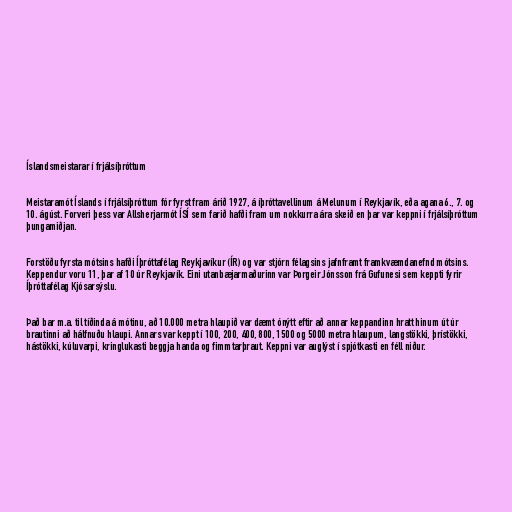
Íslandsmeistarar í frjálsíþróttum

Meistaramót Íslands í frjálsíþróttum fór fyrst fram árið 1927, á íþróttavellinum á Melunum í Reykjavík, eða agana 6., 7. og
10. ágúst. Forveri þess var Allsherjarmót ÍSÍ sem farið hafði fram um nokkurra ára skeið en þar var keppni í frjálsíþróttum
þungamiðjan.

Forstöðu fyrsta mótsins hafði Íþróttafélag Reykjavíkur (ÍR) og var stjórn félagsins jafnframt framkvæmdanefnd mótsins.
Keppendur voru 11, þar af 10 úr Reykjavík. Eini utanbæjarmaðurinn var Þorgeir Jónsson frá Gufunesi sem keppti fyrir
Íþróttafélag Kjósarsýslu.

Það bar m.a. til tíðinda á mótinu, að 10.000 metra hlaupið var dæmt ónýtt eftir að annar keppandinn hratt hinum út úr
brautinni að hálfnuðu hlaupi. Annars var keppt í 100, 200, 400, 800, 1500 og 5000 metra hlaupum, langstökki, þrístökki,
hástökki, kúluvarpi, kringlukasti beggja handa og fimmtarþraut. Keppni var auglýst í spjótkasti en féll niður.